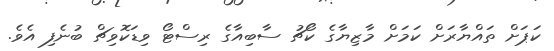
ކަޕަށް ތައްޔާރަށް ކަމަށް މާޒިޔާގެ ކޯޗު ސާބިއާގެ ރިސްޓޯ ވިޑަކޮވިޗް ބުނެފި އެވެ.